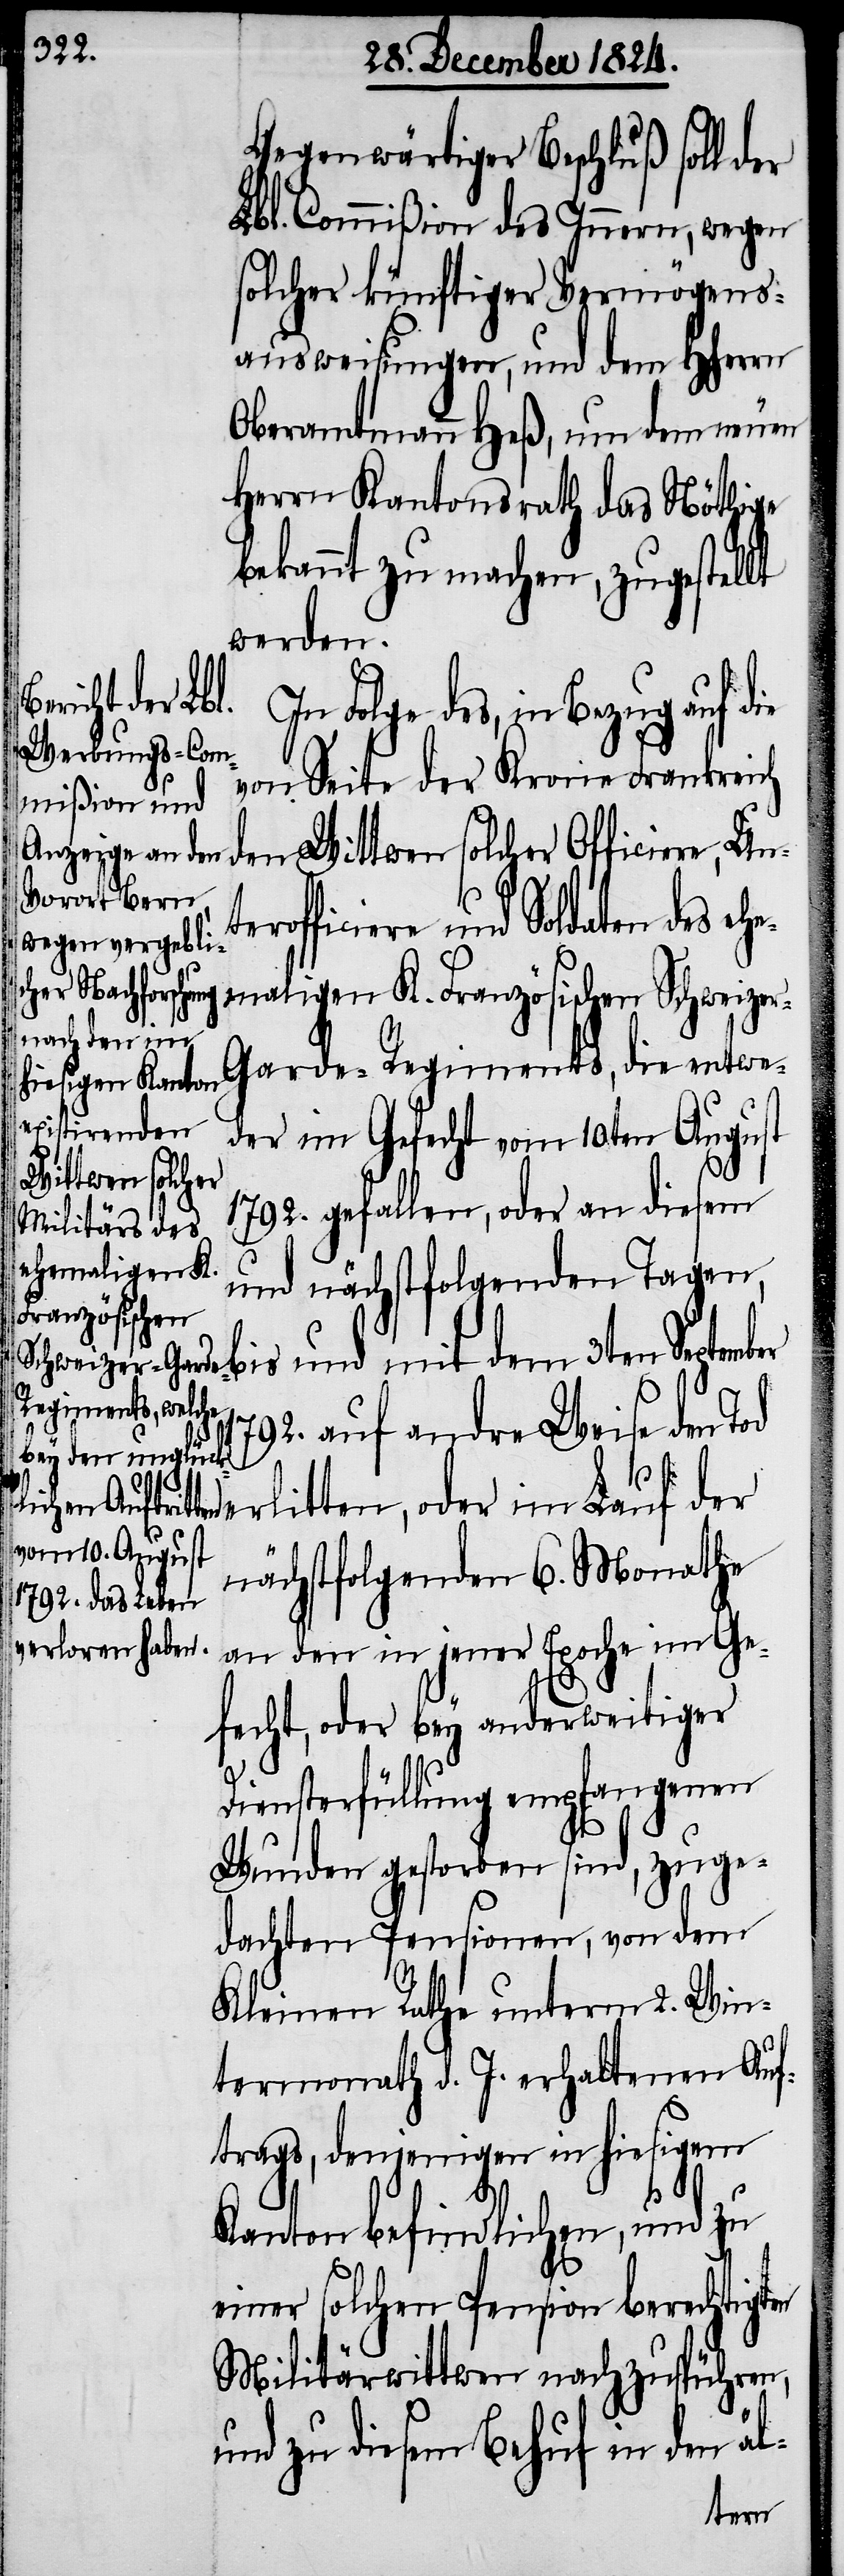
Gegenwärtiger Beschluß soll der
Lbl. Commißion des Innern, wegen
solcher künftiger Vermögens¬
ausweisungen, und dem HHern
Oberamtmann Heß, um dem neuen
Herrn Kantonsrath das Nöthige
bekannt zu machen, zugestellt
werden.
In Folge des, in Bezug auf die
von Seite der Krone Frankreich
den Wittwen solcher Officiere, Un¬
officiere und Soldaten des e¬
hemaligen K. Französischen Schweize¬
r-Garde-Regiments, die entwe¬
der im Gefecht vom 10ten August
1792. gefallen, oder an diesem
und nächstfolgenden Tagen,
bis und mit dem 3ten September
auf andre Weise den Tod
erlitten, oder im Lauf der
nächstfolgenden 6. Monathe
an den in jener Epoche im Ge¬
fecht, oder bey anderweitiger
Diensterfüllung empfangenen
Wunden gestorben sind, zuge¬
dachten Pensionen, von dem
Kleinen Rathe unterm 2. Win¬
termonath d. J. erhaltenen Auf¬
trags, denjenigen in hiesigem
Kanton befindlichen, und zu
einer solchen Pension berechtigten
Militärwittwen nachzuspühren,
und zu diesem Behuf in den äl-
ter¬